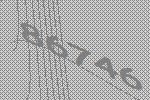
86746